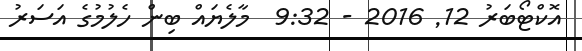
އޮކްޓޯބަރު 12